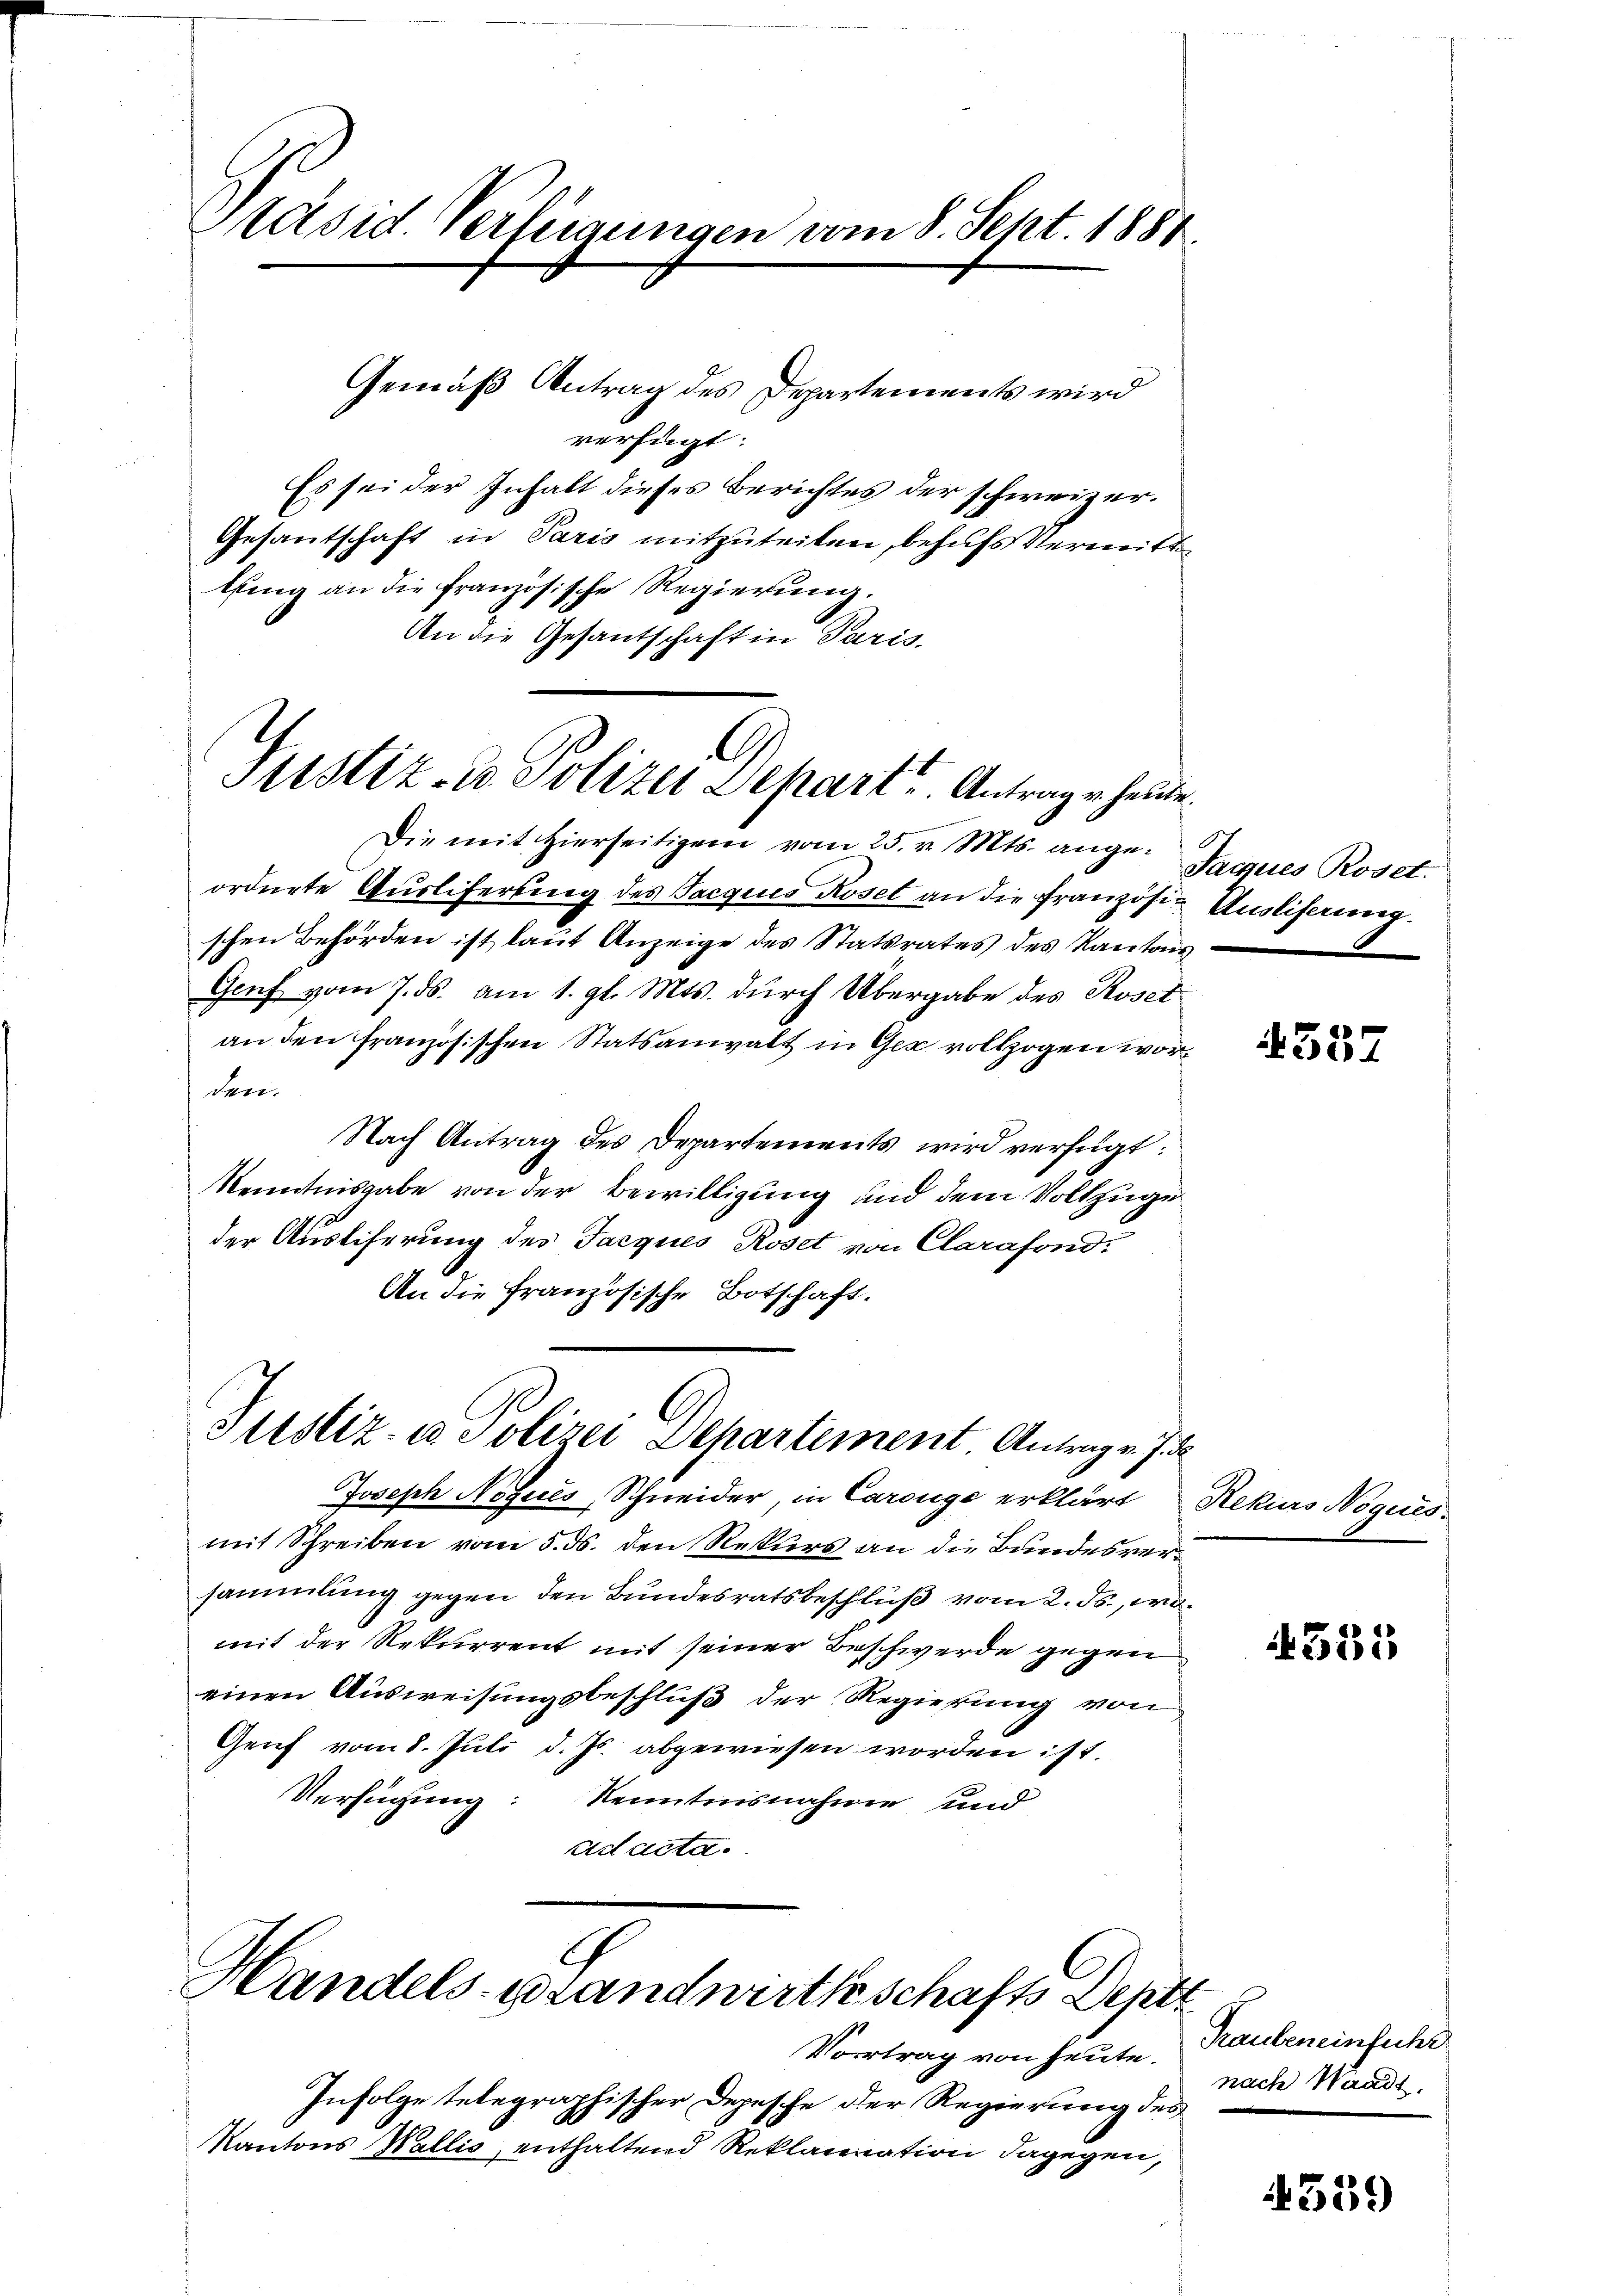
äsid. Verleigungen vom 8. Sept. 1881

Gemäß Antrag des Departements wird
verfügt:
Es sei der Inhalt dieses Berichtes der schweizer¬
Gesandschaft in Paris mitzuteilen, behufs Vermitte
tung an die französische Regierung.
An die Gesantschaft in Paris

C
Justiz- u. Polizei Depart. Antrage heute.

Die mit hierseitigen vom 25. v. Mts. ange-Seques Roset.
ordnete Aŭsliferung des Tacquis Roset an die französi- Ausliferung.
schen Behörden ist, laut Anzeige des Statsrates des Kantons
Genf vom 7. ds. am 1. gl. Mts. durch Übergabe des Rosetan den französischen Statsanwalt in Gez vollzogen worden.
Nach Antrag des Departements wird verfügt:
Kenntnisgabe von der Bewilligung und dem Vollzuge
der Austiferung des Jacques Roset von Clarafondi
An die französische Botschaft.

Justiz- u Polizei Departement Antrag v. J. d
Joseph Nozues Schneider, in Carouge erklärt Rekurs Noques

Er
Handels-Brandwirthschafts Dep
Vortrag von heute. Raubeneinfuhr

Infolge telegraphischer Depesche der Regierung des
Kantons Wallis, enthaltend Reklamnation dagegen,

.

mit Schreiben vom 5. ds. den Rekurs an die Bundesversammlung gegen den Bundesratsbeschluß vom 2. ds., womit der Rekurrent mit seiner Beschwerde gegen
einen Ausweisungsbeschluß der Regierung von
Genf vom 8. Juli d. Js. abgewiesen worden ist.
Versuchung:
kenntnisnahme und
ad acta.

587

535

d
nach Waadt,

4359